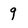
Character: 9